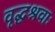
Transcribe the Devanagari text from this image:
वृद्धश्रवाः